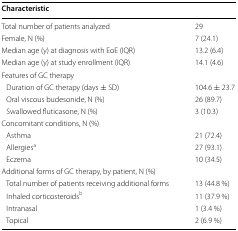
| Characteristic |  |
 | --- | --- |
 | Total number of patients analyzed | 29 |
 | Female, N (%) | 7 (24.1) |
 | Median age (y) at diagnosis with EoE (IQR) | 13.2 (6.4) |
 | Median age (y) at study enrollment (IQR) | 14.1 (4.6) |
 | <COLSPAN=2> Features of GC therapy |
 | Duration of GC therapy (days ± SD) | 104.6 ± 23.7 |
 | Oral viscous budesonide, N (%) | 26 (89.7) |
 | Swallowed fluticasone, N (%) | 3 (10.3) |
 | <COLSPAN=2> Concomitant conditions, N (%) |
 | Asthma | 21 (72.4) |
 | Allergiesa | 27 (93.1) |
 | Eczema | 10 (34.5) |
 | <COLSPAN=2> Additional forms of GC therapy, by patient, N (%) |
 | Total number of patients receiving additional forms | 13 (44.8 %) |
 | Inhaled corticosteroidsb | 11 (37.9 %) |
 | Intranasal | 1 (3.4 %) |
 | Topical | 2 (6.9 %) |